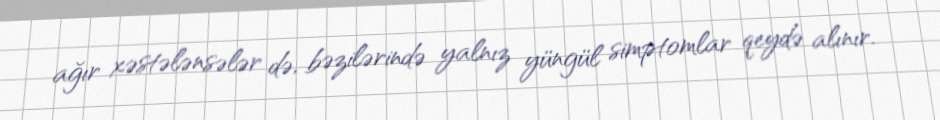
ağır xəstələnsələr də, bəzilərində yalnız yüngül simptomlar qeydə alınır.